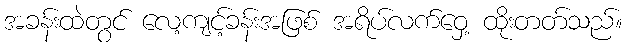
အခန်းထဲတွင် လေ့ကျင့်ခန်းအဖြစ် အရိပ်လက်ဝှေ့ ထိုးတတ်သည်။